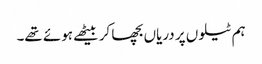
ہم ٹیلوں پر دریاں بچھا کر بیٹھے ہوئے تھے۔